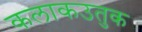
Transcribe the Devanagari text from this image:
कलाकउतुक